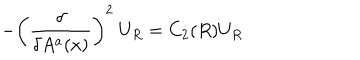
- \left( \frac { \delta } { \delta A ^ { a } ( x ) } \right) ^ { 2 } ~ U _ { R } = C _ { 2 } ( R ) U _ { R }